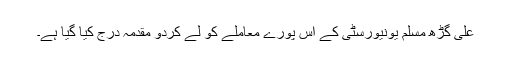
علی گڑھ مسلم یونیورسٹی کے اس پورے معاملے کو لے کردو مقدمہ درج کیا گیا ہے۔